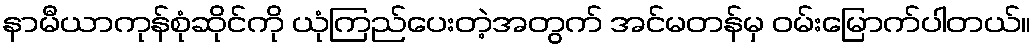
နာမီယာကုန်စုံဆိုင်ကို ယုံကြည်ပေးတဲ့အတွက် အင်မတန်မှ ဝမ်းမြောက်ပါတယ်။